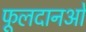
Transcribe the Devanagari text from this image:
फूलदानओं